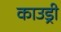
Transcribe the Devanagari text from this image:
काउड्री